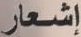
إشعار